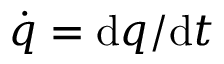
{ \dot { q } } = \mathrm { d } q / \mathrm { d } t